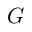
G